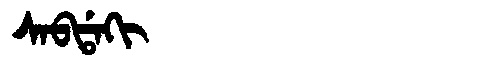
Manchu: ᠰᠠᠪᡩᠠᡴᡳ
Romanization: SABDAKI